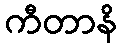
ကီတာနိ